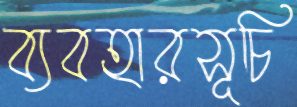
ব্যবহারসূচি